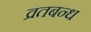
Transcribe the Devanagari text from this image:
व्रतबन्ध